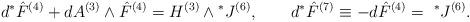
LaTeX: \begin{align*}d{}^*{\hat F}^{(4)}+dA^{(3)}\wedge{\hat F}^{(4)}=H^{(3)}\wedge{}^*J^{(6)},\qquad d{}^*{\hat F}^{(7)}\equiv -d{\hat F}^{(4)}={~}^*J^{(6)}.\end{align*}